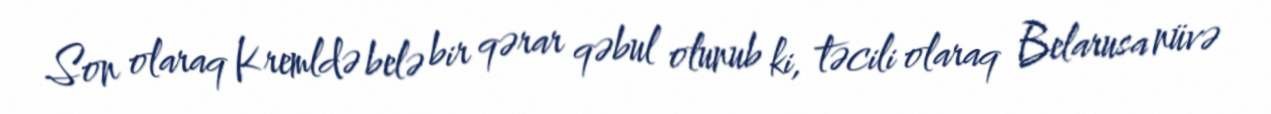
Son olaraq Kremldə belə bir qərar qəbul olunub ki, təcili olaraq Belarusa nüvə